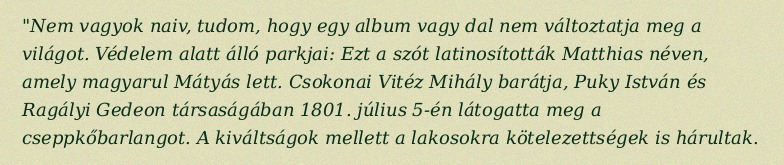
"Nem vagyok naiv, tudom, hogy egy album vagy dal nem változtatja meg a világot. Védelem alatt álló parkjai: Ezt a szót latinosították Matthias néven, amely magyarul Mátyás lett. Csokonai Vitéz Mihály barátja, Puky István és Ragályi Gedeon társaságában 1801. július 5-én látogatta meg a cseppkőbarlangot. A kiváltságok mellett a lakosokra kötelezettségek is hárultak.